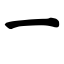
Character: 一